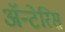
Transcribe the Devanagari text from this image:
अॅन्टेरिस